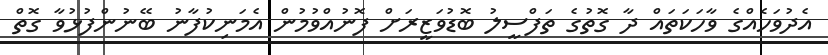
އެދުވަހެއްގެ ވާހަކަތައް ދާ ގޮތުގެ ތަފްސީލު ބޮޑުވަޒީރަށް ފޮނުއްވުމުން އެމަނިކުފާނު ބޭނުންފުޅުވާ ގޮތް